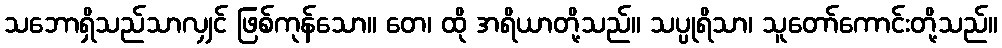
သဘောရှိသည်သာလျှင် ဖြစ်ကုန်သော။ တေ၊ ထို အရိယာတို့သည်။ သပ္ပုရိသာ၊ သူတော်ကောင်းတို့သည်။